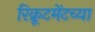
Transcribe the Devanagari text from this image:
रिक्रूटमेंटच्या